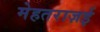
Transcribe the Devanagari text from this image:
मेहतराज़ई